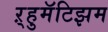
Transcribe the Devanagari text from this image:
ऱ्हुमॅटिझम